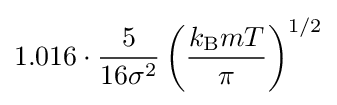
1.016\cdot {\frac {5}{16\sigma ^{2}}}\left({\frac {k_{\text{B}}mT}{\pi }}\right)^{1/2}